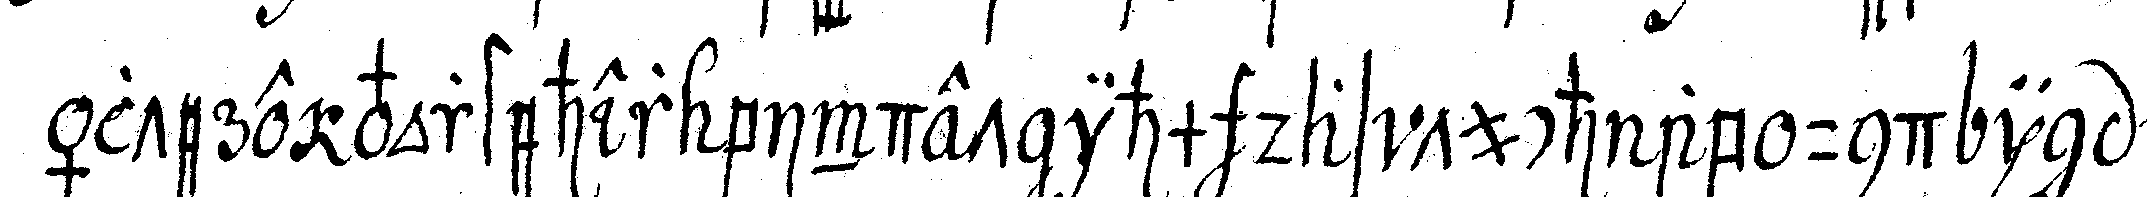
ältere vorsteher bindet ihm das tuch ab und i